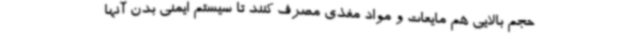
حجم بالایی هم مایعات و مواد مغذی مصرف کنند تا سیستم ایمنی بدن آنها